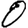
Digit: 0